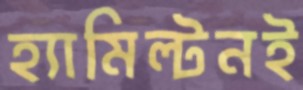
হ্যামিল্টনই